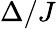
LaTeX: \Delta/J